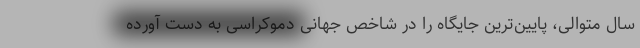
سال متوالی، پایین‌ترین جایگاه را در شاخص جهانی دموکراسی به دست آورده